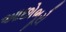
આછોભૂરો